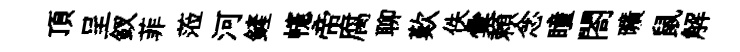
頂呈釵菲蒞河鏟幰帝腐聊歎佚彙頼念瞳閤曠鼠解